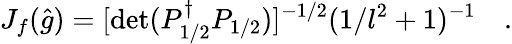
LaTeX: J_{f}(\hat{g})=[\operatorname*{det}(P_{1/2}^{\dagger}P_{1/2})]^{-1/2}(1/l^{2}+1)^{-1}\quad.